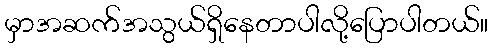
မှာအဆက်အသွယ်ရှိနေတာပါလို့ပြောပါတယ်။